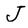
Character: J